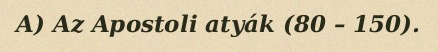
A) Az Apostoli atyák (80 – 150).